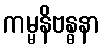
ကမ္မနိဗန္ဓနာ